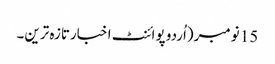
15 نومبر(اُردو پوائنٹ اخبارتازہ ترین۔